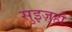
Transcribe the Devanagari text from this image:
सुइज़्हौ